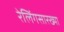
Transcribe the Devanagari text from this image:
रेलिंगसारख्या